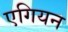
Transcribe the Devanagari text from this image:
एगियन